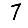
Digit: 7